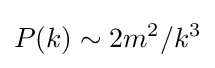
P(k)\sim 2m^{2}/k^{3}